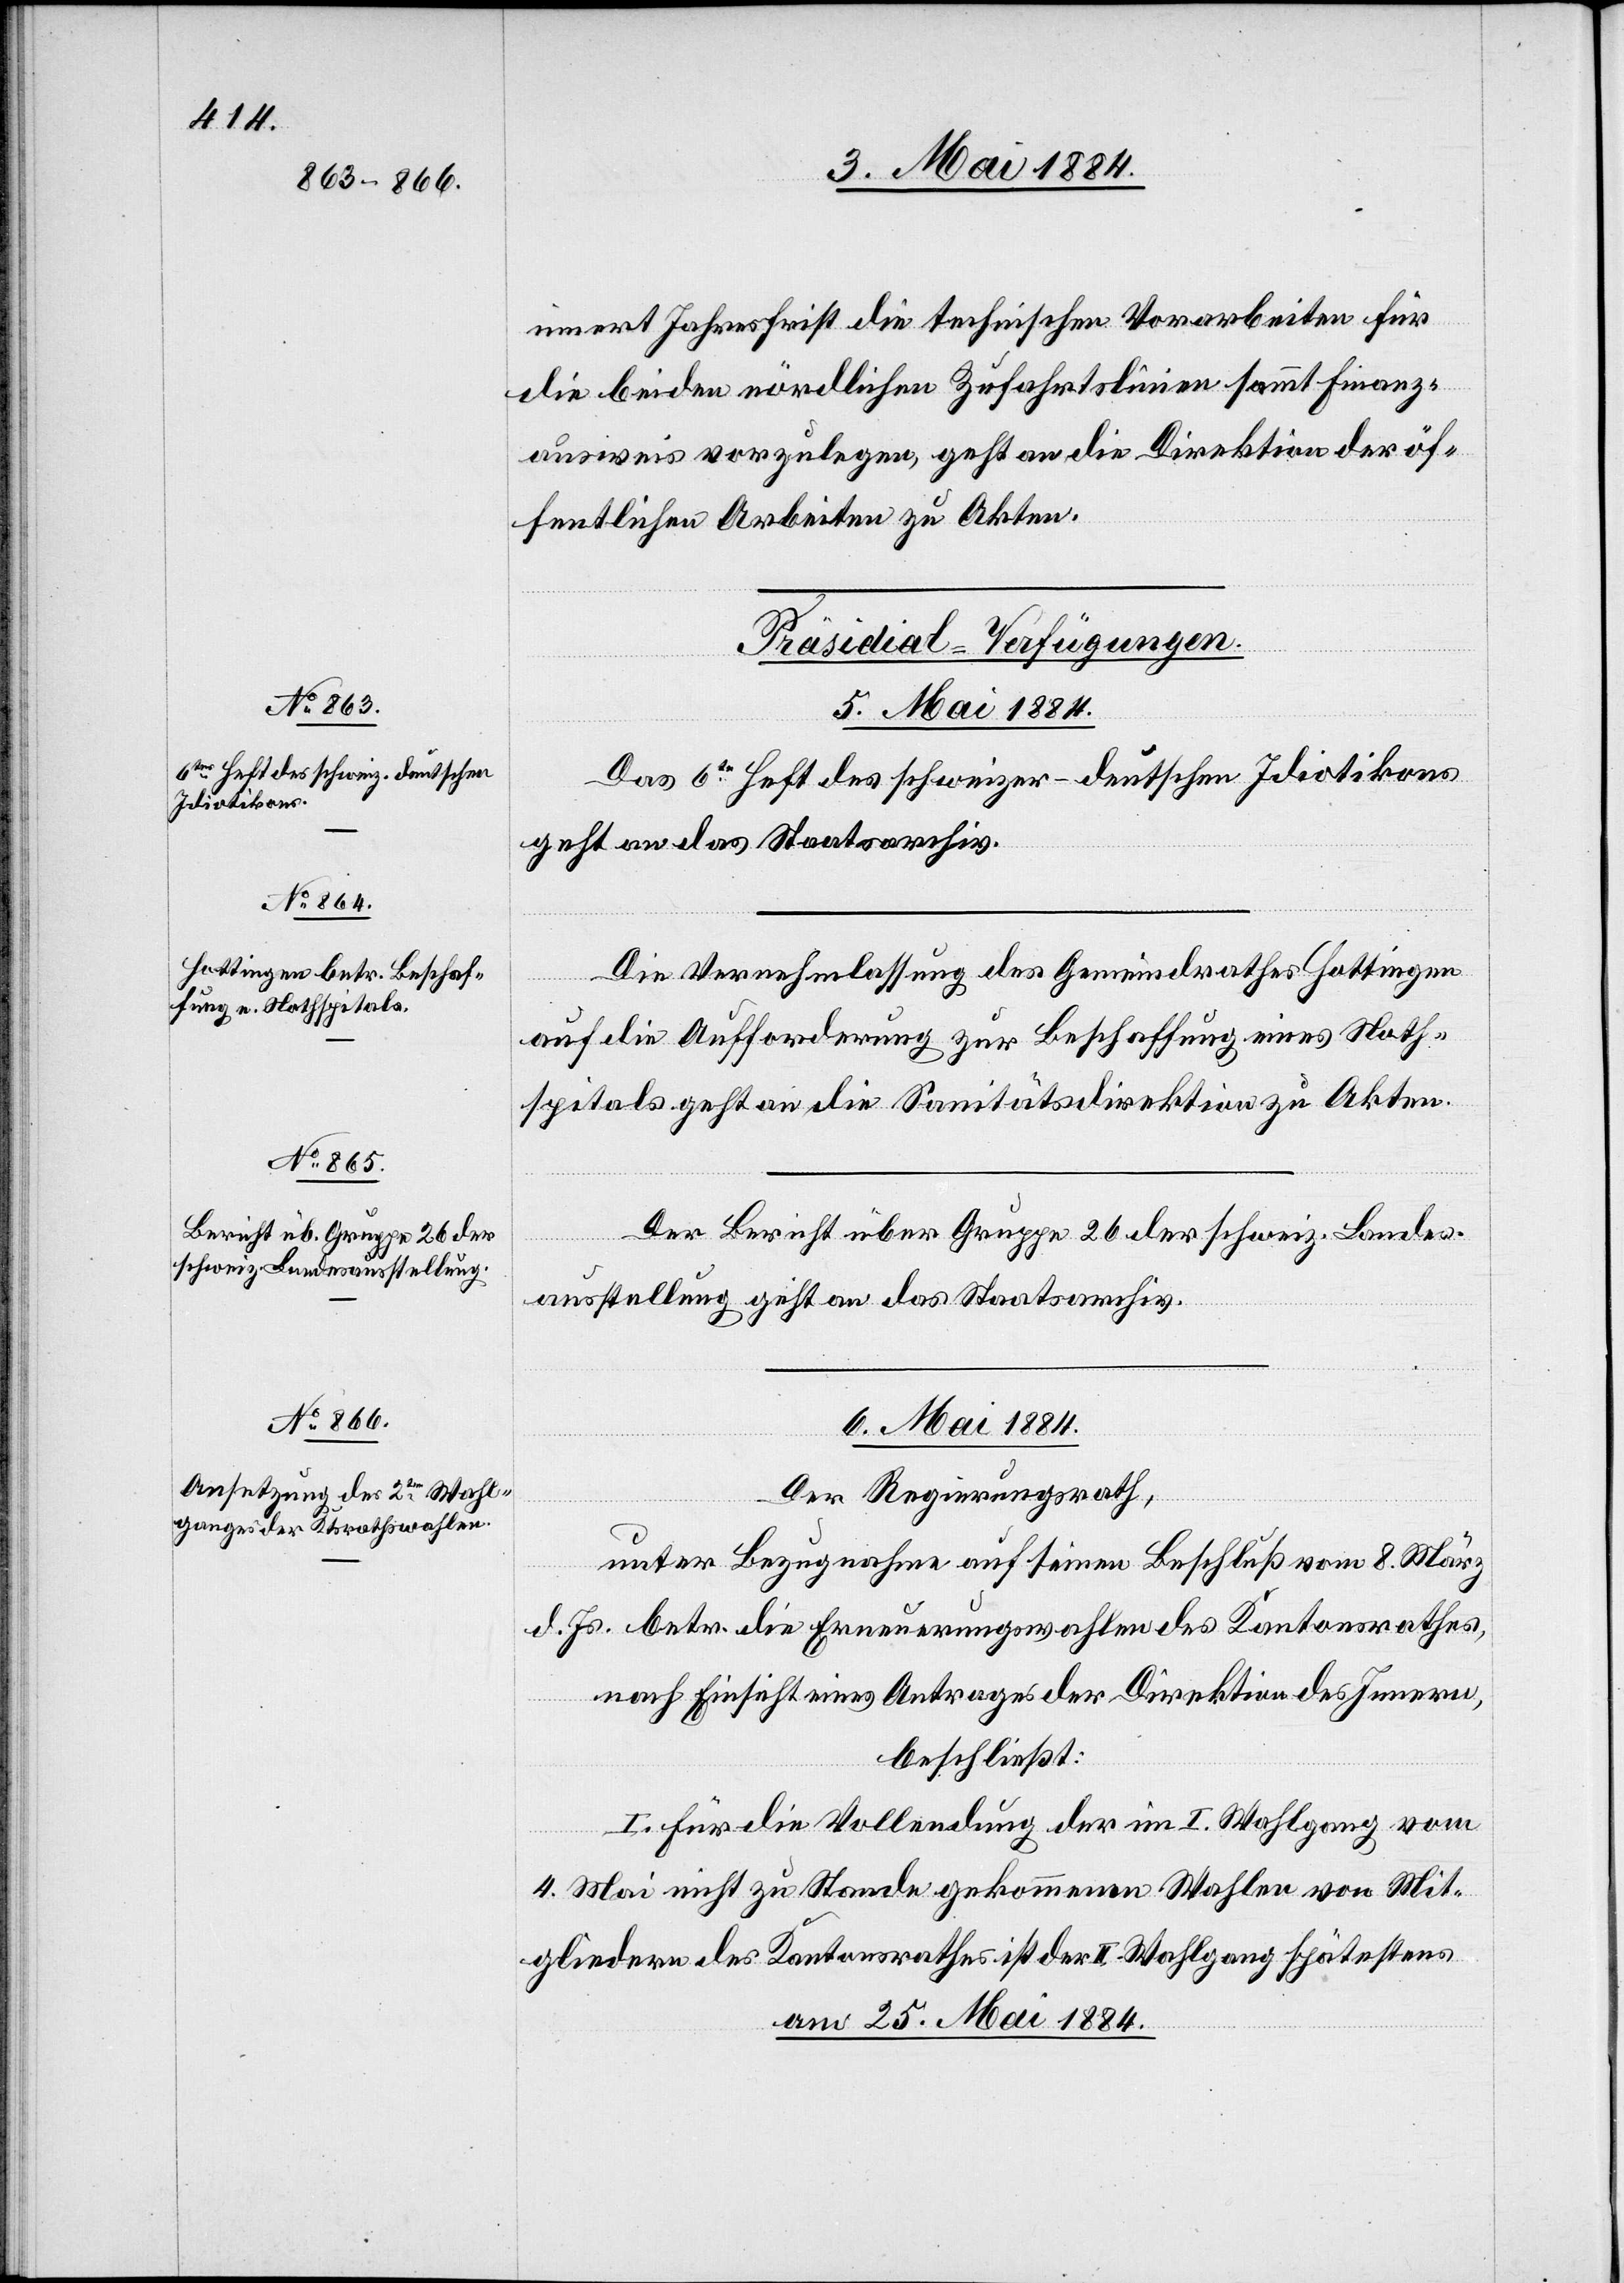
innert Jahresfrist die technischen Vorarbeiten für
die beiden nördlichen Zufahrtslinien sammt Finanz¬
ausweis vorzulegen, geht an die Direktion der öf¬
fentlichen Arbeiten zu Akten.
[Präsidial-Verfügungen.]
6. Mai 1884.
Das 6te Heft des schweizer-deutschen Idiotikons
geht an das Staatsarchiv.
Die Vernehmlassung des Gemeindrathes Hottingen
auf die Aufforderung zur Beschaffung eines Noth¬
spitals geht an die Sanitätsdirektion zu Akten.
Der Bericht über Gruppe 26 der schweiz. Landes¬
ausstellung geht an das Staatsarchiv.
Der Regierungsrath,
unter Bezugnahme auf seinen Beschluß vom 8. März
d. Js. betr. die Erneuerungswahlen des Kantonsrathes,
nach Einsicht eines Antrages der Direktion des Innern,
beschließt:
I. Für die Vollendung der im I. Wahlgang vom
4. Mai nicht zu Stande gekommenen Wahlen von Mit¬
gliedern des Kantonsrathes ist der II. Wahlgang spätestens
am 25. Mai 1884.